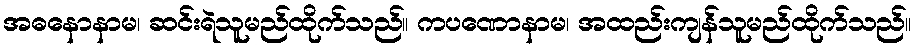
အဓနောနာမ၊ ဆင်းရဲသူမည်ထိုက်သည်။ ကပဏောနာမ၊ အထည်းကျန်သူမည်ထိုက်သည်။